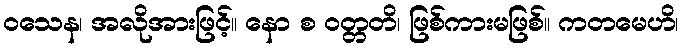
ဝသေန၊ အလိုအားဖြင့်။ နော စ ဝတ္တတိ၊ ဖြစ်ကားမဖြစ်။ ကတမေဟိ၊